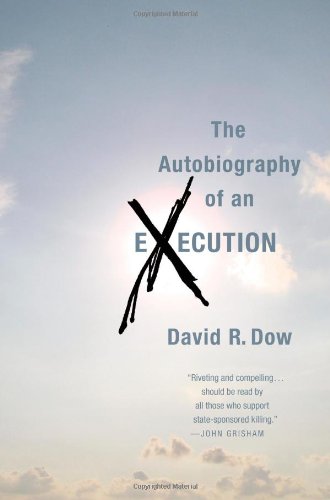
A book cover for The Autobiography of an Execution; David R. Dow; Law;